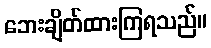
ဘေးချိတ်ထားကြရသည်။